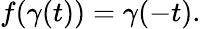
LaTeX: f(\gamma(t))=\gamma(-t).